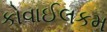
કોવાઈલકમ